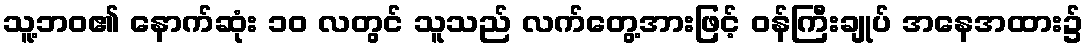
သူ့ဘဝ၏ နောက်ဆုံး ၁၀ လတွင် သူသည် လက်တွေ့အားဖြင့် ဝန်ကြီးချုပ် အနေအထား၌